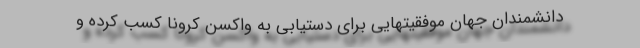
دانشمندان جهان موفقیتهایی برای دستیابی به واکسن کرونا کسب کرده و